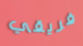
فريقي